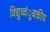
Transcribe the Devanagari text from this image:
विद्युच्चंुबकीय